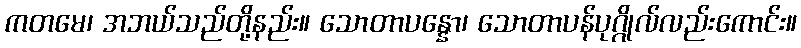
ကတမေ၊ အဘယ်သည်တို့နည်း။ သောတာပန္နော၊ သောတာပန်ပုဂ္ဂိုလ်လည်းကောင်း။